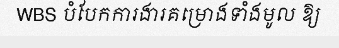
WBS បំបែកការងារគម្រោងទាំងមូល ឱ្យ